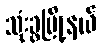
သုံးခွမြို့နယ်